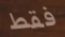
فقط